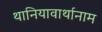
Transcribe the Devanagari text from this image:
थानियावार्थानाम